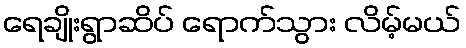
ရေချိုးရွာဆိပ် ရောက်သွား လိမ့်မယ်